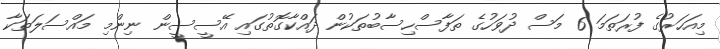
މިއަހަރުގެ ފުރަތަމަ 6 މަސް ދުވަހުގެ ތަފާސްހިސާބުތަކުން ދައްކާގޮތުގައި އޭސީސީން ނިންމި މައްސަލަތަކާ